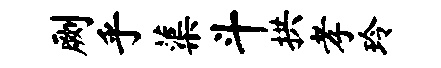
劂乎蕖斗拱孝玲